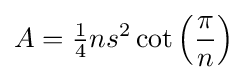
A={\tfrac {1}{4}}ns^{2}\cot \left({\frac {\pi }{n}}\right)